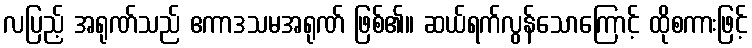
လပြည့် အရုဏ်သည် ဧကာဒသမအရုဏ် ဖြစ်၏။ ဆယ်ရက်လွန်သောကြောင့် ထိုစကားဖြင့်